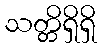
သတ္တိရှိရှိ